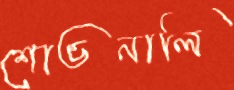
শোভনালি